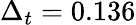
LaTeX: \Delta_{t}=0.136